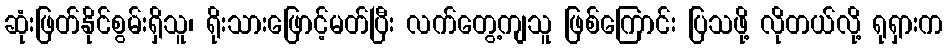
ဆုံးဖြတ်နိုင်စွမ်းရှိသူ၊ ရိုးသားဖြောင့်မတ်ပြီး လက်တွေ့ကျသူ ဖြစ်ကြောင်း ပြသဖို့ လိုတယ်လို့ ရုရှားက